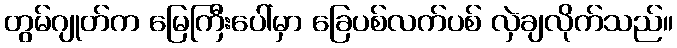
တွမ်ဂျုတ်က မြေကြီးပေါ်မှာ ခြေပစ်လက်ပစ် လှဲချလိုက်သည်။